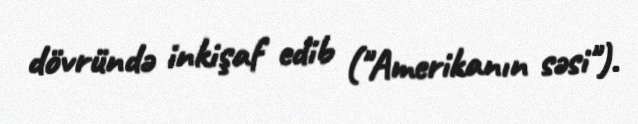
dövründə inkişaf edib ("Amerikanın səsi").